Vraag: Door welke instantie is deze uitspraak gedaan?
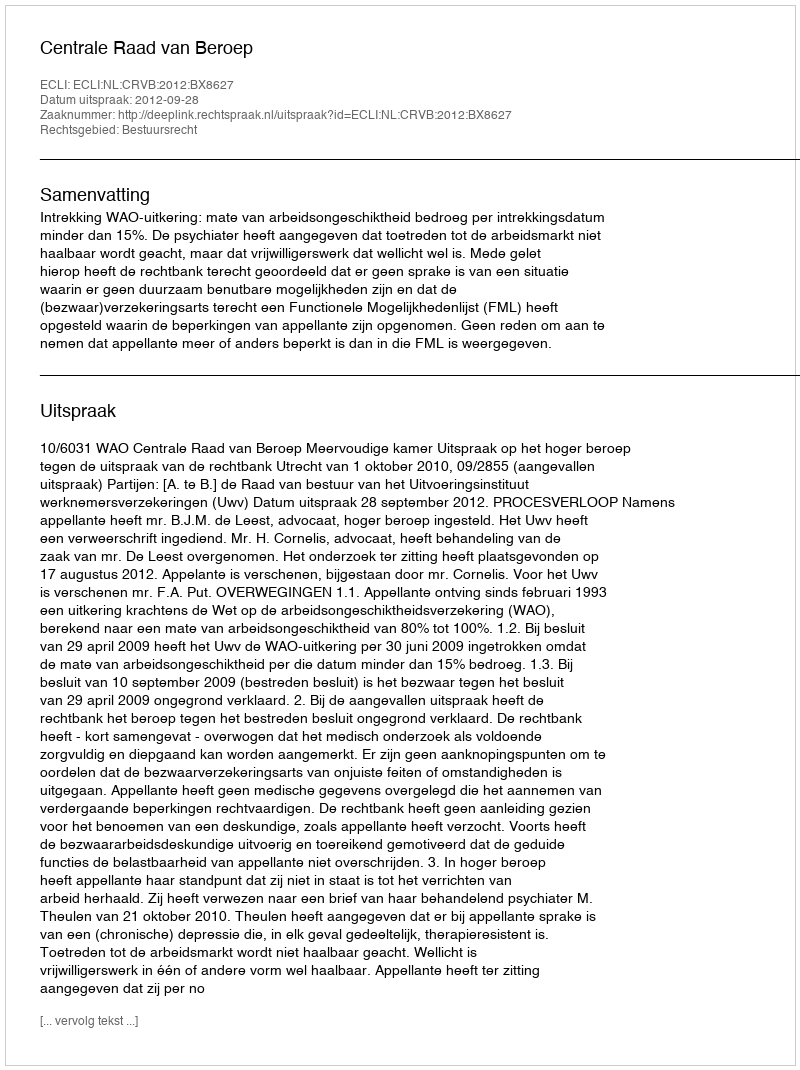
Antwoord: Centrale Raad van Beroep